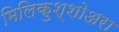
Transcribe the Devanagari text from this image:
मिलिकुश्शोअरा